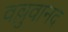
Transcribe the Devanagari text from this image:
वल्लुवानद